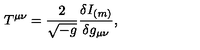
T ^ { \mu \nu } = { \frac { 2 } { \sqrt { - g } } } { \frac { \delta I _ { ( m ) } } { \delta g _ { \mu \nu } } } ,